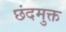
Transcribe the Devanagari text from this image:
छंदमुक्त